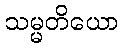
သမ္မတိယော